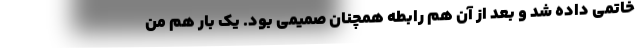
خاتمی داده شد و بعد از آن هم رابطه همچنان صمیمی بود. یک بار هم من